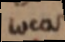
locas